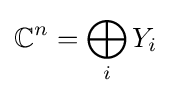
\mathbb {C} ^{n}=\bigoplus _{i}Y_{i}